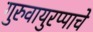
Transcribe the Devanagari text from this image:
गुरुवायुरप्पाचे